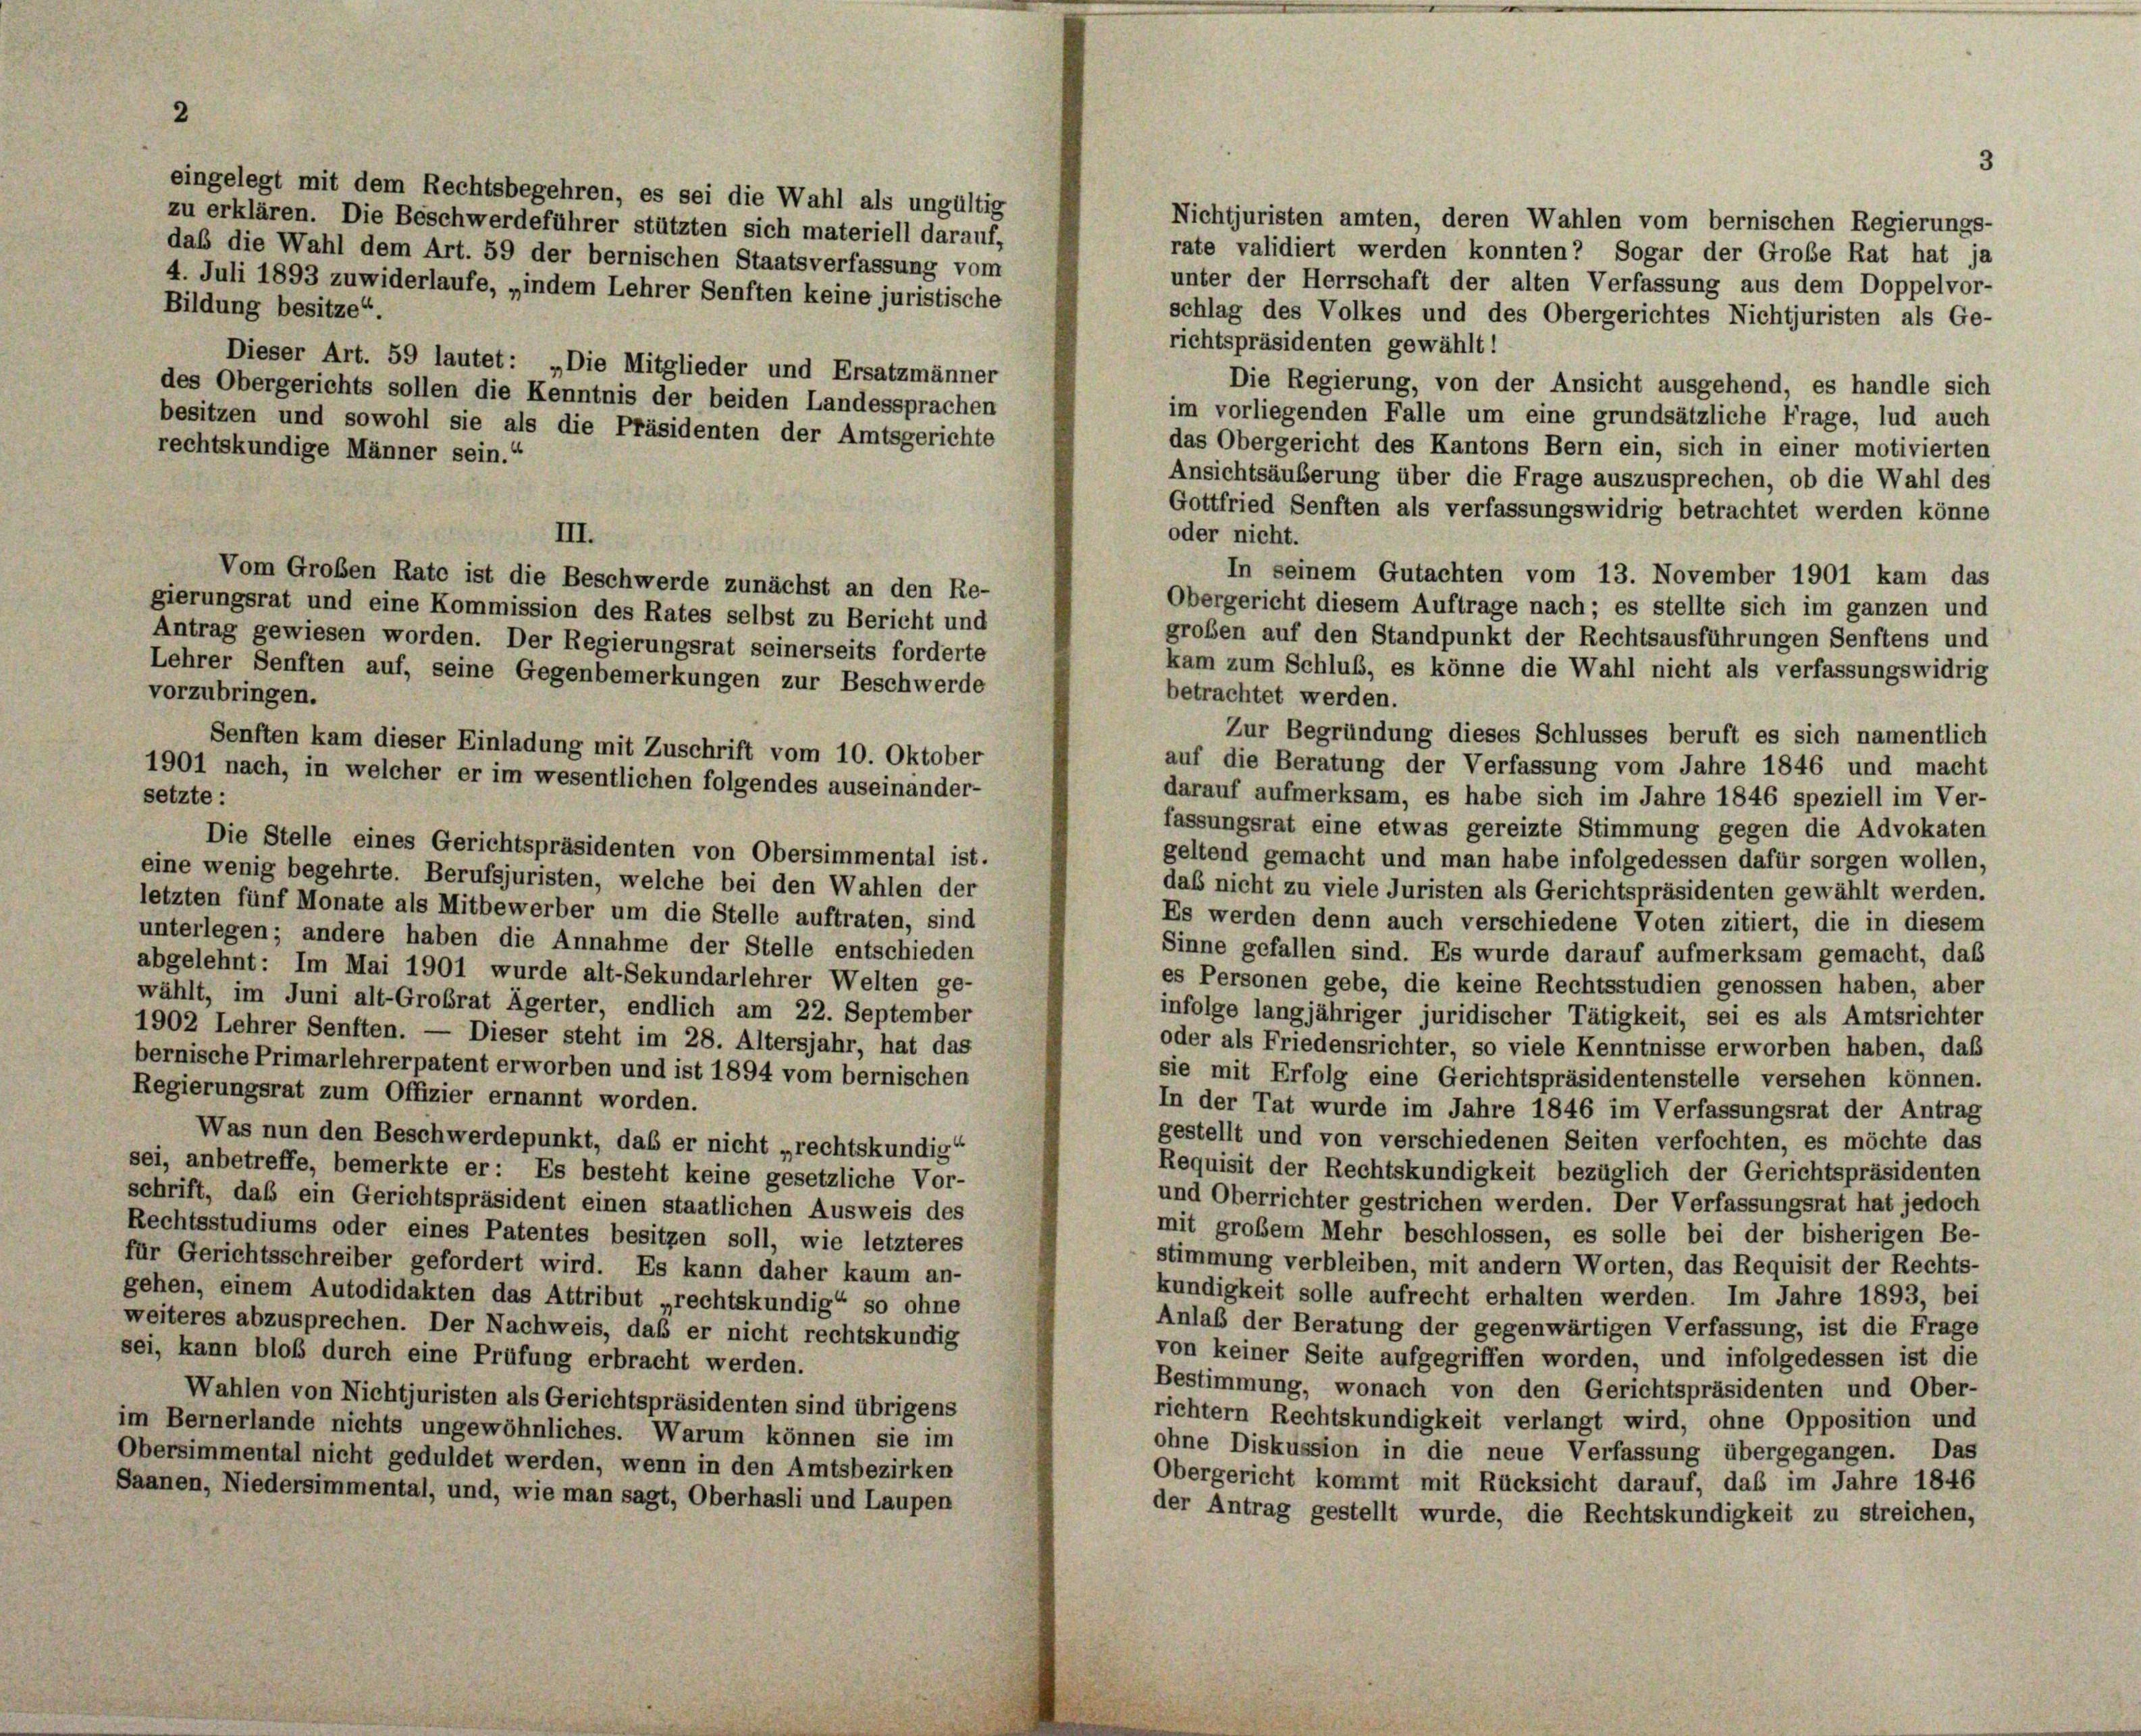
Nichtjuristen amten, deren Wahlen vom bernischen Regierungs-
zu erklären. Die Beschwerdeführer stützten sich materiell darauf,
rate validiert werden konnten? Sogar der Große Rat hat ja
daß die Wahl dem Art. 59 der bernischen Staatsverfassung vom
unter der Herrschaft der alten Verfassung aus dem Doppelvor-
4. Juli 1893 zuwiderlaufe, „indem Lehrer Senften keine juristische
Bildung besitze“.
schlag des Volkes und des Obergerichtes Nichtjuristen als Ge-
richtspräsidenten gewählt!
Dieser Art. 59 lautet: „Die Mitglieder und Ersatzmänner
Die Regierung, von der Ansicht ausgehend, es handle sich
des Obergerichts sollen die Kenntnis der beiden Landessprachen
im vorliegenden Falle um eine grundsätzliche Frage, lud auch
besitzen und sowohl sie als die Präsidenten der Amtsgerichte
das Obergericht des Kantons Bern ein, sich in einer motivierten
rechtskundige Männer sein.“
Ansichtsäußerung über die Frage auszusprechen, ob die Wahl des
Gottfried Senften als verfassungswidrig betrachtet werden könne
oder nicht.
In seinem Gutachten vom 13. November 1901 kam das
Vom Groben Rate ist die Beschwerde zunächst an den Re-
Obergericht diesem Auftrage nach; es stellte sich im ganzen und
gierungsrat und eine Kommission des Rates selbst zu Bericht und
großen auf den Standpunkt der Rechtsausführungen Senftens und
Antrag gewiesen worden. Der Regierungsrat seinerseits forderte
Lehrer Senften auf, seine Gegenbemerkungen zur Beschwerde
vorzubringen.
betrachtet werden.
Zur Begründung dieses Schlusses beruft es sich namentlich
Senften kam dieser Einladung mit Zuschrift vom 10. Oktober
auf die Beratung der Verfassung vom Jahre 1846 und macht
1901 nach, in welcher er im wesentlichen folgendes auseinander-
darauf aufmerksam, es habe sich im Jahre 1846 speziell im Ver-
fassungsrat eine etwas gereizte Stimmung gegen die Advokaten
Die Stelle eines Gerichtspräsidenten von Obersimmental ist.
geltend gemacht und man habe infolgedessen dafür sorgen wollen,
eine wenig begehrte. Berufsjuristen, welche bei den Wahlen der
daß nicht zu viele Juristen als Gerichtspräsidenten gewählt werden.
letzten fünf Monate als Mitbewerber um die Stelle auftraten, sind
Es werden denn auch verschiedene Voten zitiert, die in diesem
unterlegen; andere haben die Annahme der Stelle entschieden
Sinne gefallen sind. Es wurde darauf aufmerksam gemacht, daß
abgelehnt: Im Mai 1901 wurde alt-Sekundarlehrer Welten ge-
es Personen gebe, die keine Rechtsstudien genossen haben, aber
wählt, im Juni alt-Grobrat Ägerter, endlich am 22. September
infolge langjähriger juridischer Tätigkeit, sei es als Amtsrichter
1902 Lehrer Senften. — Dieser steht im 28. Altersjahr, hat das
oder als Friedensrichter, so viele Kenntnisse erworben haben, daß
bernische Primarlehrerpatent erworben und ist 1894 vom bernischen
sie mit Erfolg eine Gerichtspräsidentenstelle versehen können.
Regierungsrat zum Offizier ernannt worden.
In der Tat wurde im Jahre 1846 im Verfassungsrat der Antrag
Was nun den Beschwerdepunkt, daß er nicht „rechtskundig
gestellt und von verschiedenen Seiten verfochten, es möchte das
sei, anbetreffe, bemerkte er: Es besteht keine gesetzliche Vor-
Requisit der Rechtskundigkeit bezüglich der Gerichtspräsidenten
und Oberrichter gestrichen werden. Der Verfassungsrat hat jedoch
schrift, daß ein Gerichtspräsident einen staatlichen Ausweis des
mit großem Mehr beschlossen, es solle bei der bisherigen Be-
Rechtsstudiums oder eines Patentes besitzen soll, wie letzteres
stimmung verbleiben, mit andern Worten, das Requisit der Rechts-
für Gerichtsschreiber gefordert wird. Es kann daher kaum an-
kundigkeit solle aufrecht erhalten werden. Im Jahre 1893, bei
gehen, einem Autodidakten das Attribut „rechtskundig“ so ohne
Anlaß der Beratung der gegenwärtigen Verfassung, ist die Frage
weiteres abzusprechen. Der Nachweis, daß er nicht rechtskundig
sei, kann bloß durch eine Prüfung erbracht werden.
von keiner Seite aufgegriffen worden, und infolgedessen ist die
Bestimmung, wonach von den Gerichtspräsidenten und Ober-
Wahlen von Nichtjuristen als Gerichtspräsidenten sind übrigens
richtem Rechtskundigkeit verlangt wird, ohne Opposition und
im Bernerlande nichts ungewöhnliches. Warum können sie im
ohne Diskussion in die neue Verfassung übergegangen. Das
Obersimmental nicht geduldet werden, wenn in den Amtsbezirken
Obergericht kommt mit Rücksicht darauf, daß im Jahre 1846
Saanen, Niedersimmental, und, wie man sagt, Oberhasli und Laupen
der Antrag gestellt wurde, die Rechtskundigkeit zu streichen,

eingelegt mit dem Rechtsbegehren, es sei die Wahl als ungültig

setzte :

III.

kam zum Schluß, es könne die Wahl nicht als verfassungswidrig